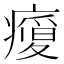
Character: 𭼬